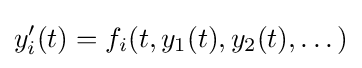
y_{i}'(t)=f_{i}(t,y_{1}(t),y_{2}(t),\dotsc )